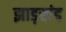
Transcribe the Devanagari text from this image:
झाड़खंड